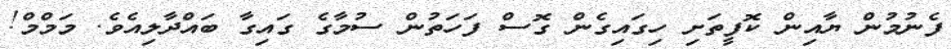
ފެނުމުން ޔާއިން ކޮފީތަށި ހިގައިގެން ގޮސް ފަހަތުން ސުމާގެ ގައިގާ ބައްދާލިއެވެ. މަމްމް!